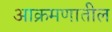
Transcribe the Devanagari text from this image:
आक्रमणातील